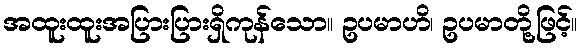
အထူးထူးအပြားပြားရှိကုန်သော။ ဥပမာဟိ၊ ဥပမာတို့ဖြင့်။